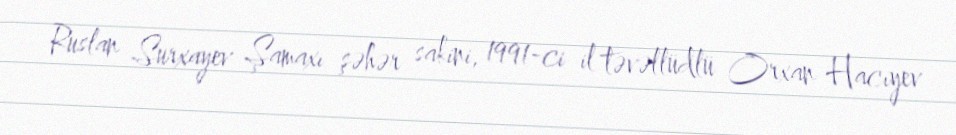
Ruslan Surxayev Şamaxı şəhər sakini, 1991-ci il təvəllüdlü Orxan Hacıyev